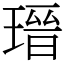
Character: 瑨